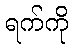
ရက်ကို